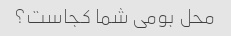
محل بومی شما کجاست؟